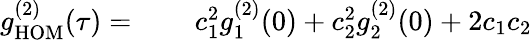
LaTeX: \begin{array}{rlr}{g_{\mathrm{HOM}}^{(2)}(\tau)=}&{{}}&{\ c_{1}^{2}g_{1}^{(2)}(0)+c_{2}^{2}g_{2}^{(2)}(0)+2c_{1}c_{2}}\end{array}